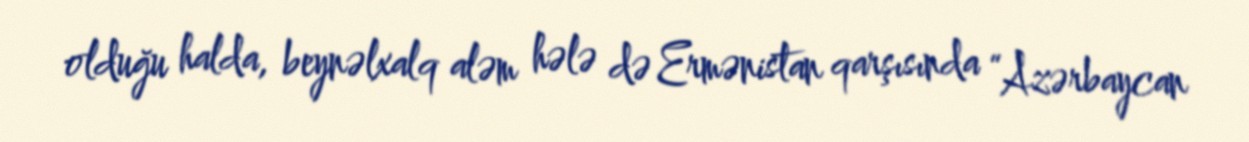
olduğu halda, beynəlxalq aləm hələ də Ermənistan qarşısında “Azərbaycan